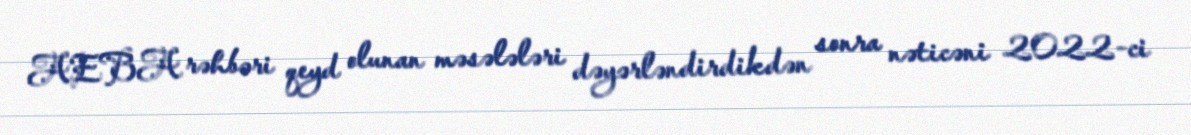
AEBA rəhbəri qeyd olunan məsələləri dəyərləndirdikdən sonra nəticəni 2022-ci